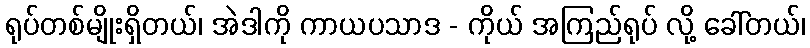
ရုပ်တစ်မျိုးရှိတယ်၊ အဲဒါကို ကာယပသာဒ - ကိုယ် အကြည်ရုပ် လို့ ခေါ်တယ်၊